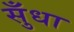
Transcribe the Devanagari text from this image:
सुँधा